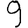
Digit: 9